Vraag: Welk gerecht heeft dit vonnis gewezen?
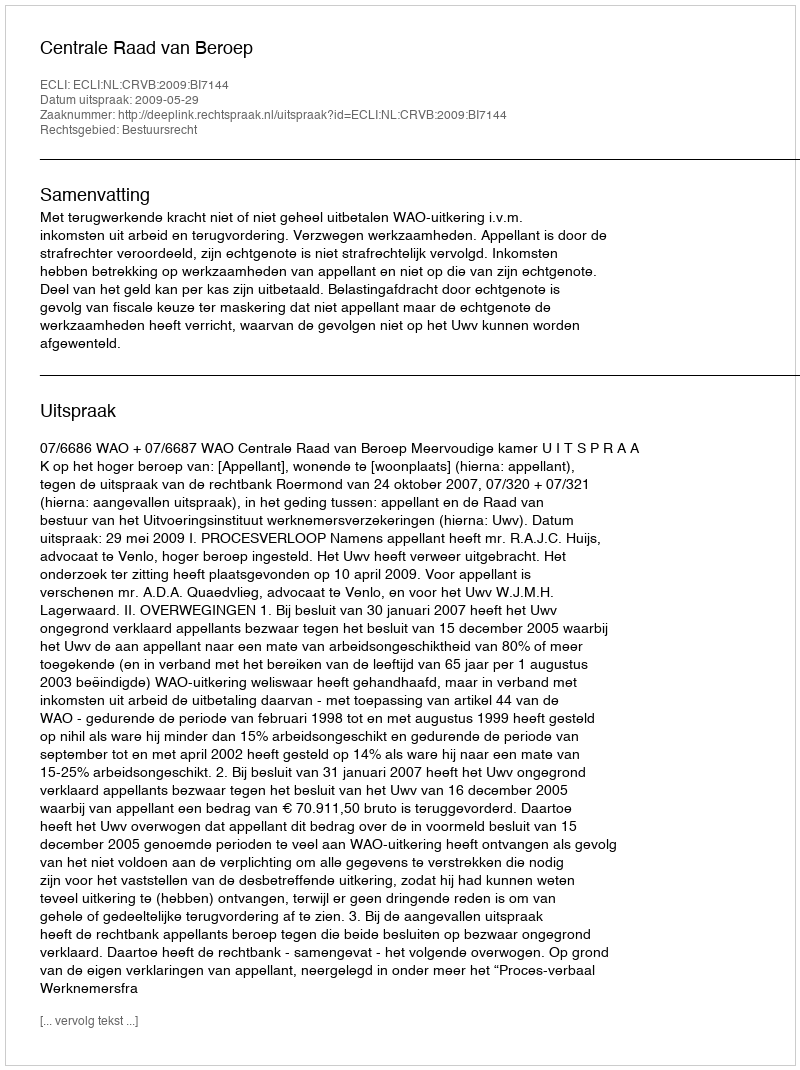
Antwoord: Centrale Raad van Beroep